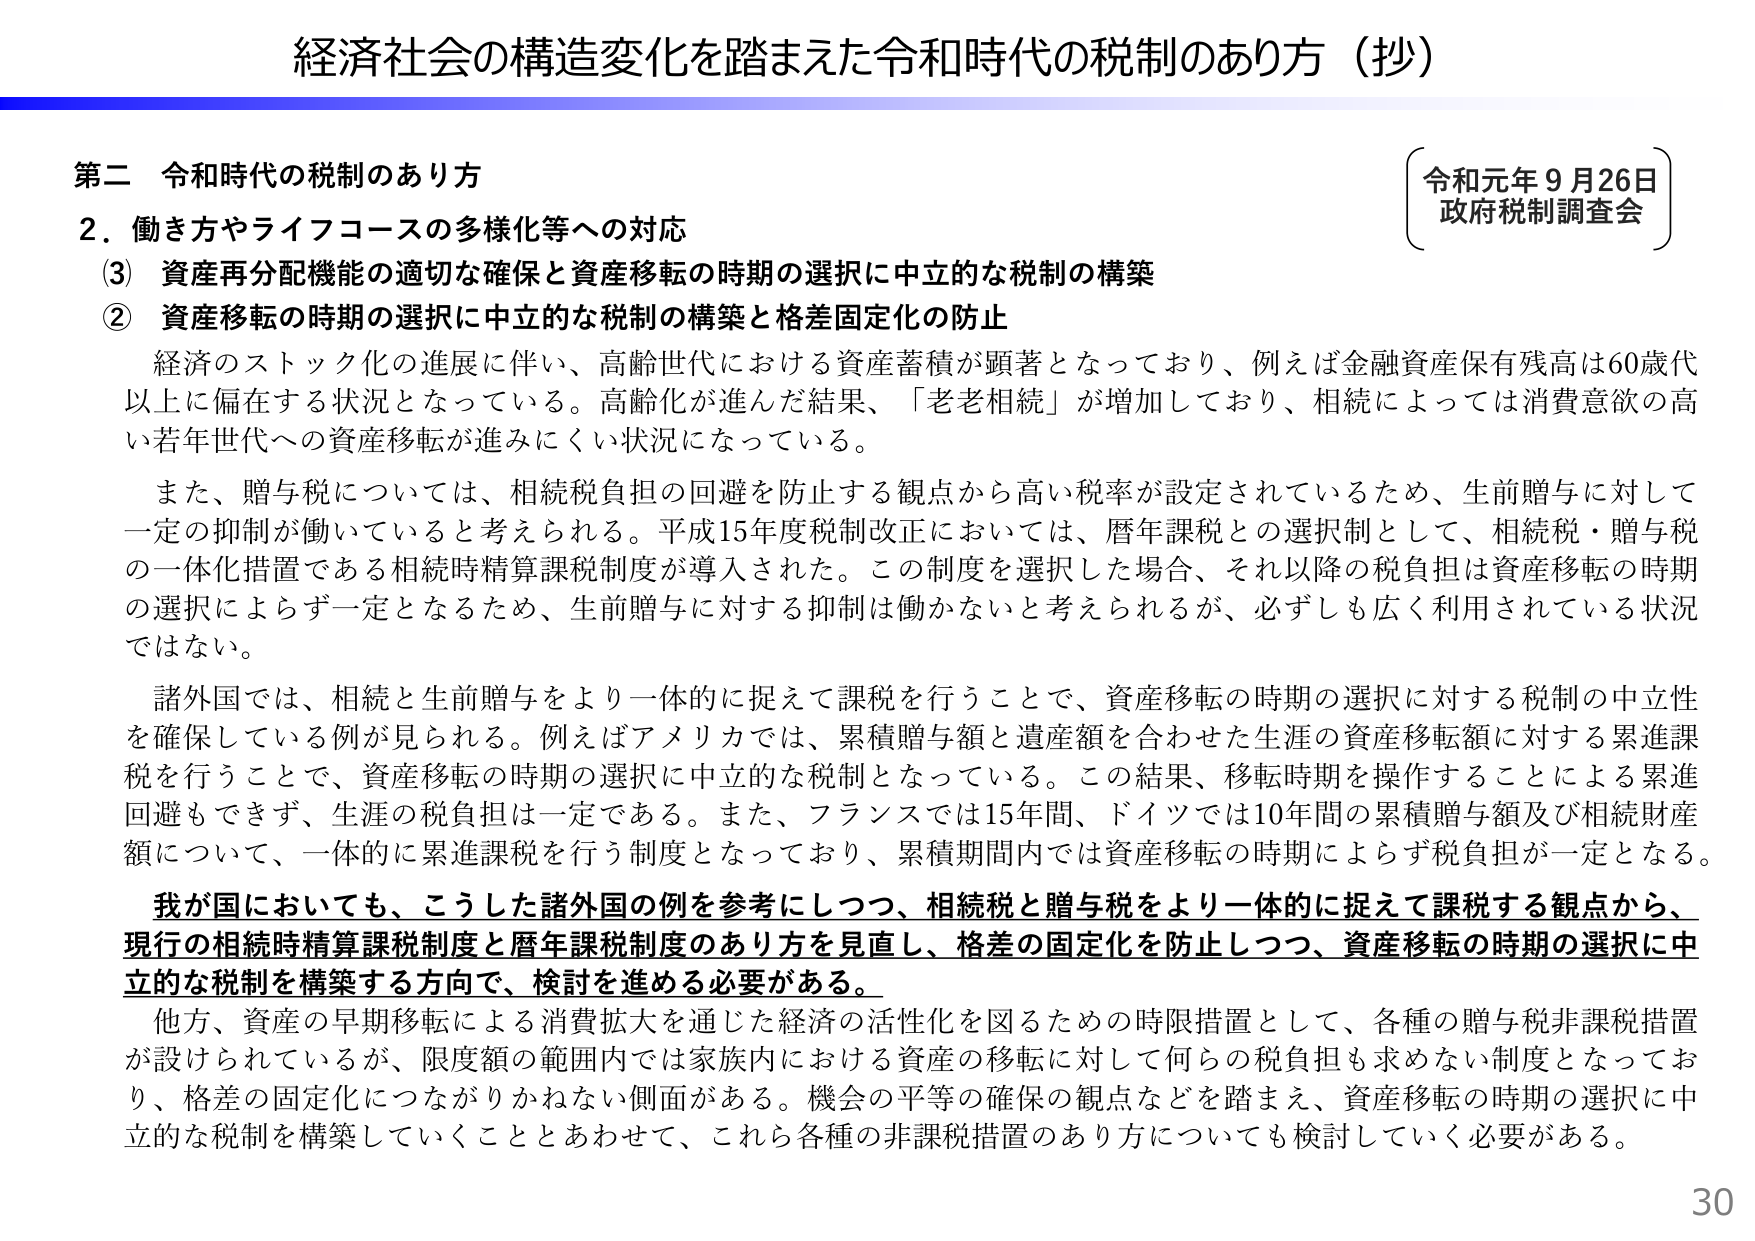
経済社会の構造変化を踏まえた令和時代の税制のあり方（抄）

第二 令和時代の税制のあり方
2．働き方やライフコースの多様化等への対応
（3）資産再分配機能の適切な確保と資産移転の時期の選択に中立的な税制の構築
② 資産移転の時期の選択に中立的な税制の構築と格差固定化の防止

経済のストック化の進展に伴い、高齢世代における資産蓄積が顕著となっており、例えば金融資産保有残高は60歳代以上に偏在する状況となっている。高齢化が進んだ結果、「老老相続」が増加しており、相続によっては消費意欲の高い若年世代への資産移転が進みにくい状況になっている。

また、贈与税については、相続税負担の回避を防止する観点から高い税率が設定されているため、生前贈与に対して一定の抑制が働いていると考えられる。平成15年度税制改正においては、暦年課税との選択制として、相続税・贈与税の一体化措置である相続時精算課税制度が導入された。この制度を選択した場合、それ以降の税負担は資産移転の時期の選択によらず一定となるため、生前贈与に対する抑制は働かないと考えられるが、必ずしも広く利用されている状況ではない。

諸外国では、相続と生前贈与をより一体的に捉えて課税を行うことで、資産移転の時期の選択に対する税制の中立性を確保している例が見られる。例えばアメリカでは、累積贈与額と遺産額を合わせた生涯の資産移転額に対する累進課税を行うことで、資産移転の時期の選択に中立的な税制となっている。この結果、移転時期を操作することによる累進回避もできず、生涯の税負担は一定である。また、フランスでは15年間、ドイツでは10年間の累積贈与額及び相続財産額について、一体的に累進課税を行う制度となっており、累積期間内では資産移転の時期によらず税負担が一定となる。

我が国においても、こうした諸外国の例を参考にしつつ、相続税と贈与税をより一体的に捉えて課税する観点から、現行の相続時精算課税制度と暦年課税制度のあり方を見直し、格差の固定化を防止しつつ、資産移転の時期の選択に中立的な税制を構築する方向で、検討を進める必要がある。

他方、資産の早期移転による消費拡大を通じた経済の活性化を図るための時限措置として、各種の贈与税非課税措置が設けられているが、限度額の範囲内では家族内における資産の移転に対して何らの税負担も求めない制度となっており、格差の固定化につながりかねない側面がある。機会の平等の確保の観点などを踏まえ、資産移転の時期の選択に中立的な税制を構築していくこととあわせて、これら各種の非課税措置のあり方についても検討していく必要がある。

令和元年9月26日
政府税制調査会

30